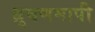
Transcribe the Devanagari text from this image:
ध्रुवणमापी